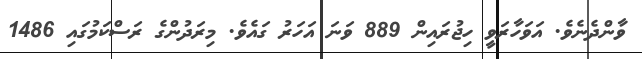
ވާންދެނެވެ. އަވަހާރަވީ ހިޖުރައިން 889 ވަނަ އަހަރު ގައެވެ. މިރަދުންގެ ރަސްކަމުގައި 1486